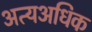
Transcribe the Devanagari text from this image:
अत्यअधिक